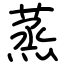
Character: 蒸